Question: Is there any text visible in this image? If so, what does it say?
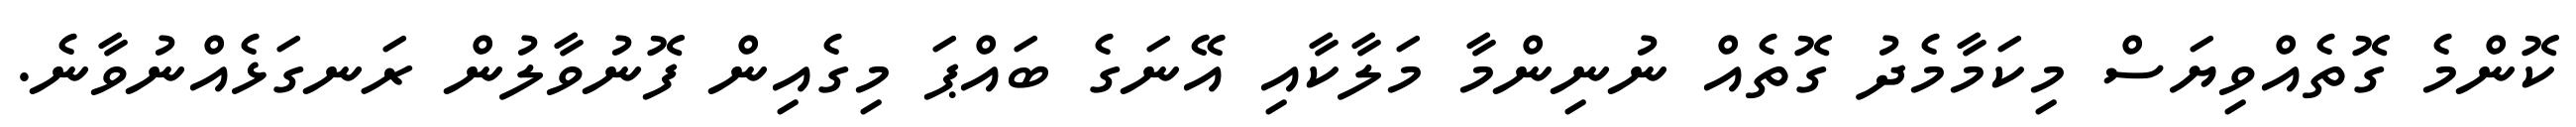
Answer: ކޮންމެ ގޮތެއްވިޔަސް މިކަމާމެދު ގޮތެއް ނުނިންމާ މަލާކާއި އޭނަގެ ބައްޕަ މިގެއިން ފޮނުވާލުން ރަނގަޅެއްނުވާނެ.